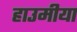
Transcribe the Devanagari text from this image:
हाउमीया